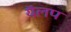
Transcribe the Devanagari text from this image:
यॅलप